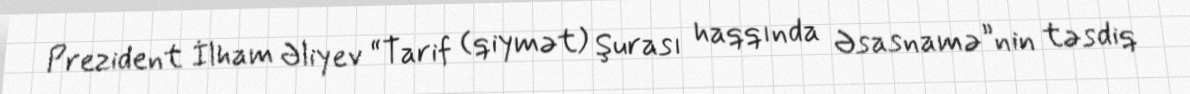
Prezident İlham Əliyev “Tarif (qiymət) Şurası haqqında Əsasnamə”nin təsdiq